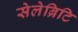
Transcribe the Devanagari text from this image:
सेलेब्रिटि